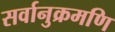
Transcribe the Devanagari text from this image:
सर्वानुक्रमणि